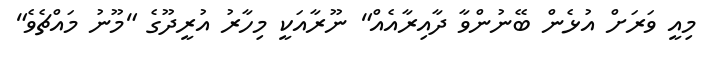
މިއީ ވަރަށް އުޅެން ބޭނުންވާ ދާއިރާއެއް" ނޫރާއަކީ މިހާރު އުރީދޫގެ "މޫނު މައްޗެވެ"